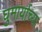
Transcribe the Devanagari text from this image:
घुमार्याच्या